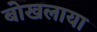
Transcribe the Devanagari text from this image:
बोखलाया